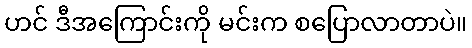
ဟင် ဒီအကြောင်းကို မင်းက စပြောလာတာပဲ။